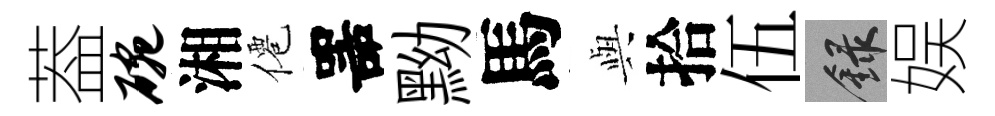
葢碗湘僊噐黝馬𫤰拾伍録娱